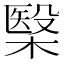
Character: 𣘦